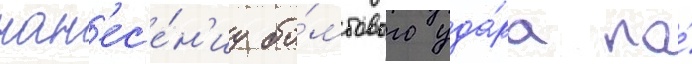
нан'ес'е́н'иу бо́мбового уда́ра по́